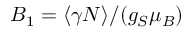
B _ { 1 } = \langle \gamma N \rangle / ( g _ { S } \mu _ { B } )